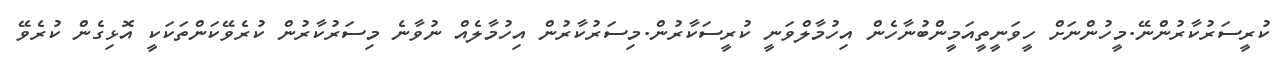
ކުރީސަރުކާރުންނޭ.މީހުންނަށް ހީވަނީތީއަމީންބުނާހެން އިހުމާލްވަނީ ކުރީސަކާރުން.މިސަރުކާރުން އިހުމާލެއް ނުވާނެ މިސަރުކާރުން ކުރެވޭކަންތަކަކީ އޮޅިގެން ކުރެވޭ